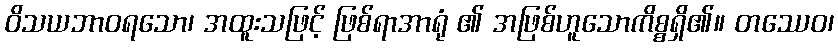
ဝိသယဘာဝရသော၊ အထူးသဖြင့် ဖြစ်ရာအာရုံ ၏ အဖြစ်ဟူသောကိစ္စရှိ၏။ တဿေဝ၊